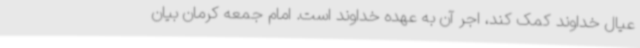
عیال خداوند کمک کند، اجر آن به عهده خداوند است. امام جمعه کرمان بیان